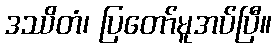
ဒဿိတံ၊ ပြတော်မူအပ်ပြီ။